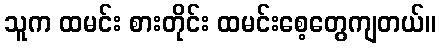
သူက ထမင်း စားတိုင်း ထမင်းစေ့တွေကျတယ်။